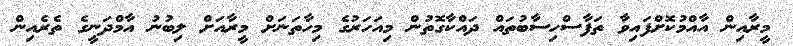
މީރާއިން އާއްމުކޮށްފައިވާ ތަފާސްހިސާބުތައް ދައްކާގޮތުން މިއަހަރުގެ މިހާތަނަށް މީރާއަށް ލިބުނު އާމްދަނީގެ ތެރެއިން